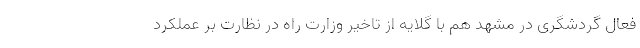
فعال گردشگری در مشهد هم با گلایه از تاخیر وزارت راه در نظارت بر عملکرد